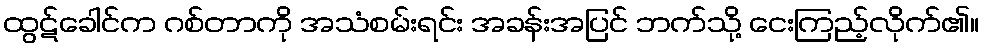
ထွဋ်ခေါင်က ဂစ်တာကို အသံစမ်းရင်း အခန်းအပြင် ဘက်သို့ ငေးကြည့်လိုက်၏။